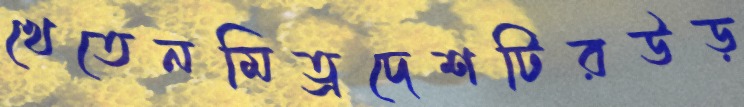
খেতেনমিত্রদেশটিরউড়